King Institute of Preventive Medicine Micro-Biological Section reports 1909-11
Year: 1909
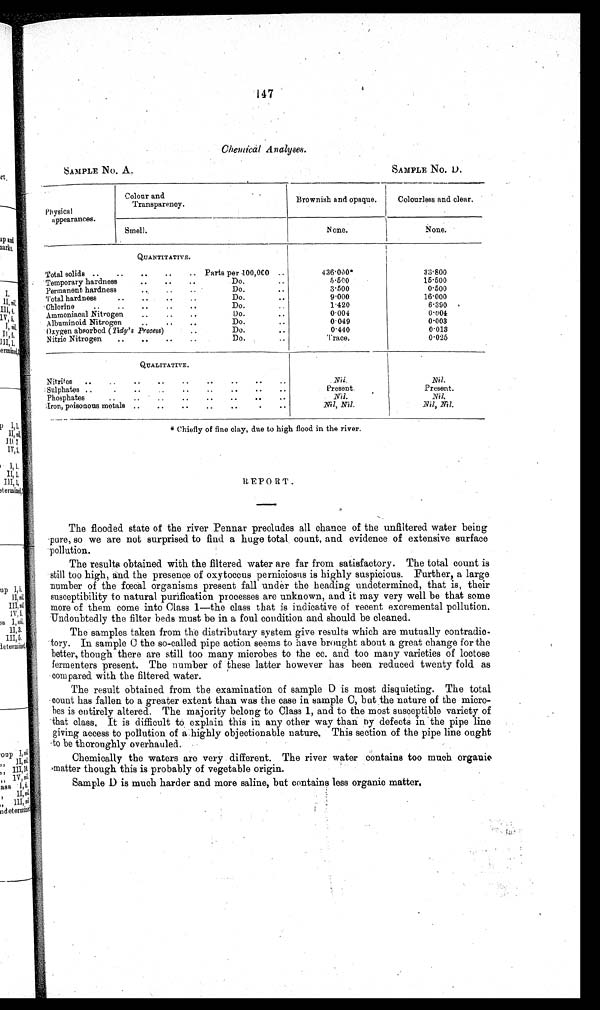
SAMPLE No. A.
SAMPLE NO. D.
147
Chemical Analyses.
Physica
l appearances.
Colour and
Transparency.
Brownish and opaque.
Colourless and clear.
Smell.
None.
None.
QUANTITATIVE.
Total solids .. .. .. .. .. Parts per 100,000 ..
4 3 6 · 0 0 0 *
33·800
Temporary hardness
.. .. ..
Do.
..
5 . 5 0 0
15.500
Permanent hardness
. .
. .
..
Do. ..
3.500
0.500
Total hardness
.. .. .. ..
Do.
..
9.000
16.000
Chlorine .. .. .. .. ..
Do.
..
1.420
6.390
Ammoniacal Nitrogen .. .. ..
Do.
..
0 . 0 0 4
0.004
Albuminoid Nitrogen .. .. ..
Do.
. .
0.049
0.003
Oxygen absorbed ( Tidy's Process)
..
Do . . .
0.440
0.013
Nitric Nitrogen .. .. .. ..
Do.
. .
'I'race.
0.025
QUALITATIVE.
Nitrites .. .. .. .. .. .. .. .. ..
Nil.
Nil.
Sulphates ..
.. .. .. .. .. .. .. ..
Present.
Present.
Phosphates
.. .. .. .. .. .. .. ..
N i l .
Nil.
Iron, poisonous metals .. .. .. .. ..
.. ..
Nil, Nil.
Nil, Nil.
* Chiefly of fine clay, due to high flood in the river.
REPORT.
The flooded state of the river Pennar precludes all chance of the unfiltered water being
pure, so we are not surprised to find a huge total count, and evidence of extensive surface
pollution.
The results obtained with the filtered water are far from satisfactory. The total count is
still too high, and the presence of oxytoccus perniciosus is highly suspicious. Further, a large
number of the fœcal organisms present fall under the heading undetermined, that is, their
susceptibility to natural purification processes are unknown, and it may very well be that some
more of them come into Class 1—the class that is indicative of recent excremental pollution.
Undoubtedly the filter beds must be in a foul condition and should be cleaned.
The samples taken from the distributary system give results which are mutually contradic-
tory. In sample C the so-called pipe action seems to have brought about a great change for the
better, though there are still too many microbes to the cc. and too many varieties of loctose
fermenters present. The number of these latter however has been reduced twenty fold as
compared with the filtered water.
The result obtained from the examination of sample D is most disquieting. The total
count has fallen to a greater extent than was the case in sample C, but the nature of the micro-
bes is entirely altered. The majority belong to Class 1, and to the most susceptible variety of
that class, It is difficult to explain this in any other way than by defects in the pipe line
giving access to pollution of a highly objectionable nature, This section of the pipe line ought
to be thoroughly overhauled.
Chemically the waters are very different. The river water contains too much organic
m a t t e r t h o u g h t h i s i s p r o b a b l y o f v e g e t a b l e o r i g i n .
Sample D is much harder and more saline, but contains less organic matter.